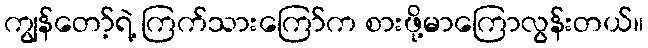
ကျွန်တော့်ရဲ့ ကြက်သားကြော်က စားဖို့မာကြောလွန်းတယ်။